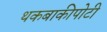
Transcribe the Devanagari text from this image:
थकबाकीपोटी